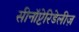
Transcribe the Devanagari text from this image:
सीनॉप्टेरिडेलीज़